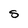
Character: S